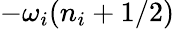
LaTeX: -{\omega_{i}}(n_{i}+1/2)